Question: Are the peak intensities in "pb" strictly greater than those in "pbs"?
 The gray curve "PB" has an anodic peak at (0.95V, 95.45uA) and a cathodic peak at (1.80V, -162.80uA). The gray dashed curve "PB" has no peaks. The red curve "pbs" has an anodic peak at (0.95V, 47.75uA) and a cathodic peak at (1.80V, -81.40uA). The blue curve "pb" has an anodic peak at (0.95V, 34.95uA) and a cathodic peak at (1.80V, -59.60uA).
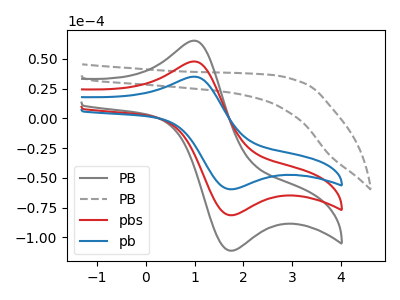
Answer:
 <answer>Every peak in "pb" is lower than every peak in "pbs".</answer>
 <eval>lower</eval>